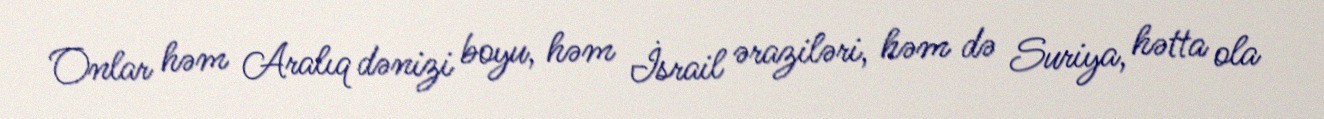
Onlar həm Aralıq dənizi boyu, həm İsrail əraziləri, həm də Suriya, hətta ola